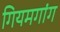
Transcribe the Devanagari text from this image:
गियमगांग